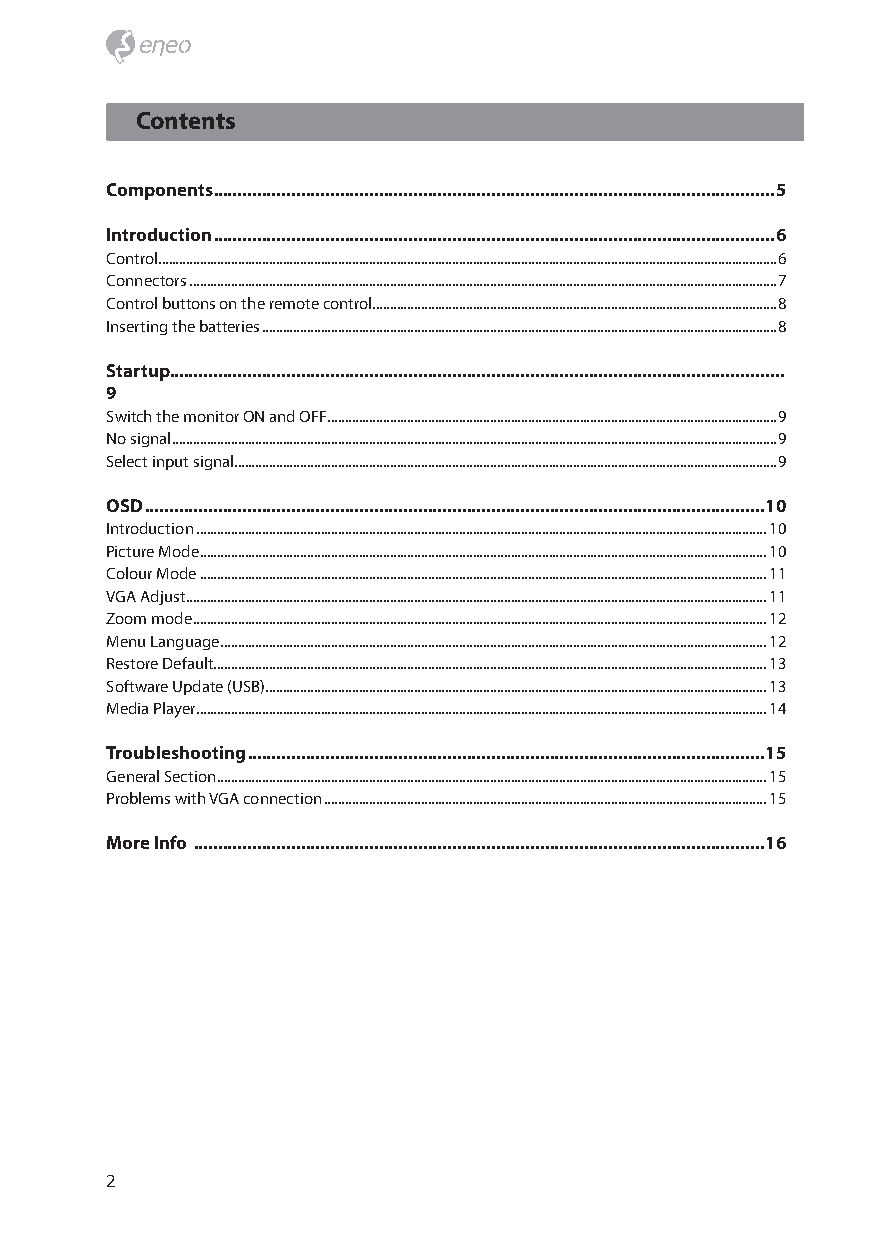
Contents
 Components ...................................................................................................................5
 Introduction ...................................................................................................................6
 Control ...................................................................................................................................................................................6
 Connectors ..........................................................................................................................................................................7
 Control buttons on the remote control .....................................................................................................................8
 Inserting the batteries .....................................................................................................................................................8
 Startup ..............................................................................................................................
 9
 Switch the monitor ON and OFF ..................................................................................................................................9
 No signal ...............................................................................................................................................................................9
 Select input signal .............................................................................................................................................................9
 OSD ...............................................................................................................................10
 Introduction .....................................................................................................................................................................10
 Picture Mode ....................................................................................................................................................................10
 Colour Mode ....................................................................................................................................................................11
 VGA Adjust ........................................................................................................................................................................11
 Zoom mode ......................................................................................................................................................................12
 Menu Language ..............................................................................................................................................................12
 Restore Default ................................................................................................................................................................13
 Software Update (USB) .................................................................................................................................................13
 Media Player .....................................................................................................................................................................14
 Troubleshooting ..........................................................................................................15
 General Section ...............................................................................................................................................................15
 Problems with VGA connection ................................................................................................................................15
 More Info .....................................................................................................................16
 2